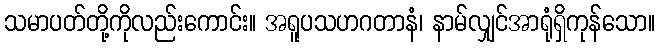
သမာပတ်တို့ကိုလည်းကောင်း။ အရူပသဟဂတာနံ၊ နာမ်လျှင်အာရုံရှိကုန်သော။